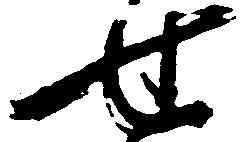
せ